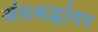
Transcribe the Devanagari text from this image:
अंधश्रद्धांवर